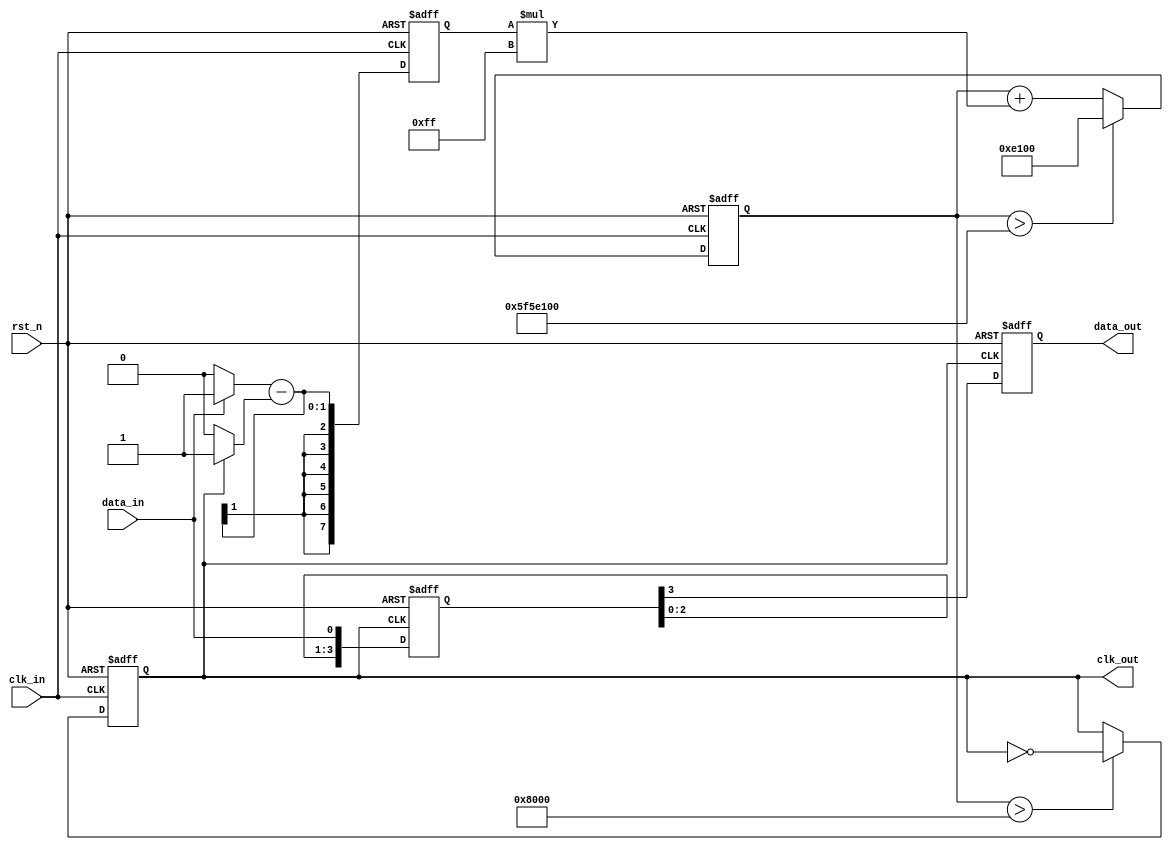
module pll_synchronizer #(
    parameter INPUT_CLK_FREQ = 50_000_000, // Input clock frequency in Hz
    parameter OUTPUT_CLK_FREQ = 25_000_000, // Desired output clock frequency in Hz
    parameter LOOP_FILTER_GAIN = 8'hFF,     // Loop filter gain (example)
    parameter VCO_MAX_FREQ = 100_000_000    // Max frequency for VCO in Hz
)(
    input wire rst_n,             // Active low reset
    input wire clk_in,            // Incoming clock signal
    input wire data_in,           // Incoming data signal
    output reg clk_out,           // Synchronized output clock
    output reg data_out           // Synchronized output data
);

    // Internal signals
    reg [7:0] phase_error;        // Phase error signal from PD
    reg [15:0] control_voltage;    // Control voltage for VCO
    reg [15:0] vco_output;         // VCO output clock
    reg [3:0] sync_reg;           // Synchronization register for data

    // Phase Detector (PD)
    always @(posedge clk_in or negedge rst_n) begin
        if (!rst_n) begin
            phase_error <= 8'b0;
        end else begin
            // Simple phase detection logic
            // This is a placeholder for a more complex phase detection mechanism
            phase_error <= (data_in ? 8'h01 : 8'h00) - (clk_out ? 8'h01 : 8'h00);
        end
    end

    // Loop Filter
    always @(posedge clk_in or negedge rst_n) begin
        if (!rst_n) begin
            control_voltage <= 16'b0;
        end else begin
            // Simple first-order loop filter (integrator)
            control_voltage <= control_voltage + (phase_error * LOOP_FILTER_GAIN);
            // Clamp control voltage to the VCO tuning range
            if (control_voltage > VCO_MAX_FREQ) control_voltage <= VCO_MAX_FREQ;
        end
    end

    // Voltage-Controlled Oscillator (VCO)
    always @(posedge clk_in or negedge rst_n) begin
        if (!rst_n) begin
            vco_output <= 16'b0;
            clk_out <= 1'b0;
        end else begin
            // Simple VCO logic (this is a placeholder)
            // Adjust VCO output based on control voltage
            if (control_voltage > 16'h8000) begin
                clk_out <= ~clk_out; // Toggle clock output
            end
            vco_output <= vco_output + 1; // Increment VCO output for simulation
        end
    end

    // Data Synchronization Circuit (Dual-Flop Synchronizer)
    always @(posedge clk_out or negedge rst_n) begin
        if (!rst_n) begin
            sync_reg <= 4'b0;
            data_out <= 1'b0;
        end else begin
            sync_reg <= {sync_reg[2:0], data_in}; // Shift register for synchronization
            data_out <= sync_reg[3]; // Output the last synchronized data
        end
    end

endmodule